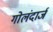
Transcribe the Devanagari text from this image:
गोलंदार्ज